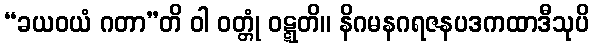
“ခယဝယံ ဂတာ”တိ ဝါ ဝတ္တုံ ဝဋ္ဋတိ။ နိဂမနဂရဇနပဒကထာဒီသုပိ